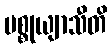
ပစ္စုယျာသီတိ